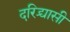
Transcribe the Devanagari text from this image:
दरिद्र्यासी